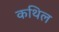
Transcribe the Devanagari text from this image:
कथिल